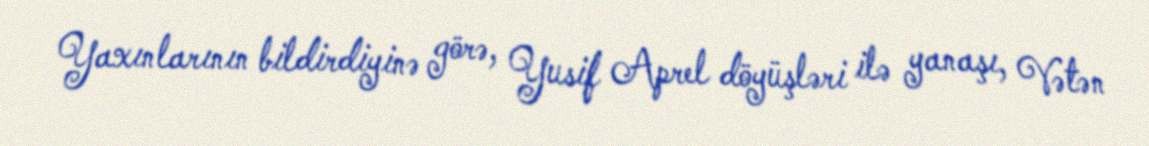
Yaxınlarının bildirdiyinə görə, Yusif Aprel döyüşləri ilə yanaşı, Vətən